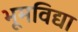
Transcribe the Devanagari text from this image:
भूमविद्या